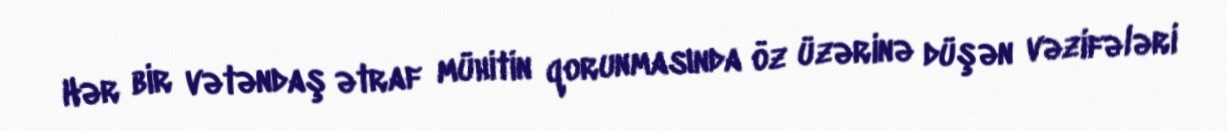
Hər bir vətəndaş ətraf mühitin qorunmasında öz üzərinə düşən vəzifələri